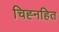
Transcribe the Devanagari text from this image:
चिह्नहित